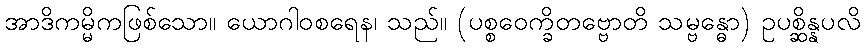
အာဒိကမ္မိကဖြစ်သော။ ယောဂါဝစရေန၊ သည်။ (ပစ္စဝေက္ခိတဗ္ဗောတိ သမ္ဗန္ဓော) ဥပစ္ဆိန္နပလိ